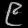
Digit: ၉